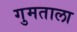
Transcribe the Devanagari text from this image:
गुमताला